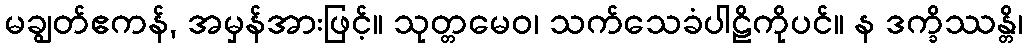
မချွတ်ဧကန်, အမှန်အားဖြင့်။ သုတ္တမေဝ၊ သက်သေခံပါဠိကိုပင်။ န ဒက္ခိဿန္တိ၊